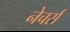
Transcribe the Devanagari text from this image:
नेचर्स